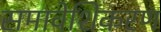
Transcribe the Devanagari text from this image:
समावेशिकरण